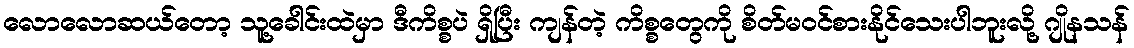
လောလောဆယ်တော့ သူ့ခေါင်းထဲမှာ ဒီကိစ္စပဲ ရှိပြီး ကျန်တဲ့ ကိစ္စတွေကို စိတ်မဝင်စားနိုင်သေးပါဘူးလို့ ဂျိုနသန်